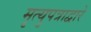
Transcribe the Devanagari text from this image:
मृत्युपत्राद्वारे